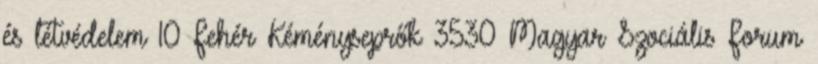
és létvédelem 10 Fehér Kéményseprők 3530 Magyar Szociális Forum